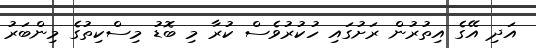
އަދި އޭގެ އިތުރުން ރަށުގައި ހުކުރުވެސް ކުރާ މި ބޮޑު މިސްކިތުގެ މިންބަރު